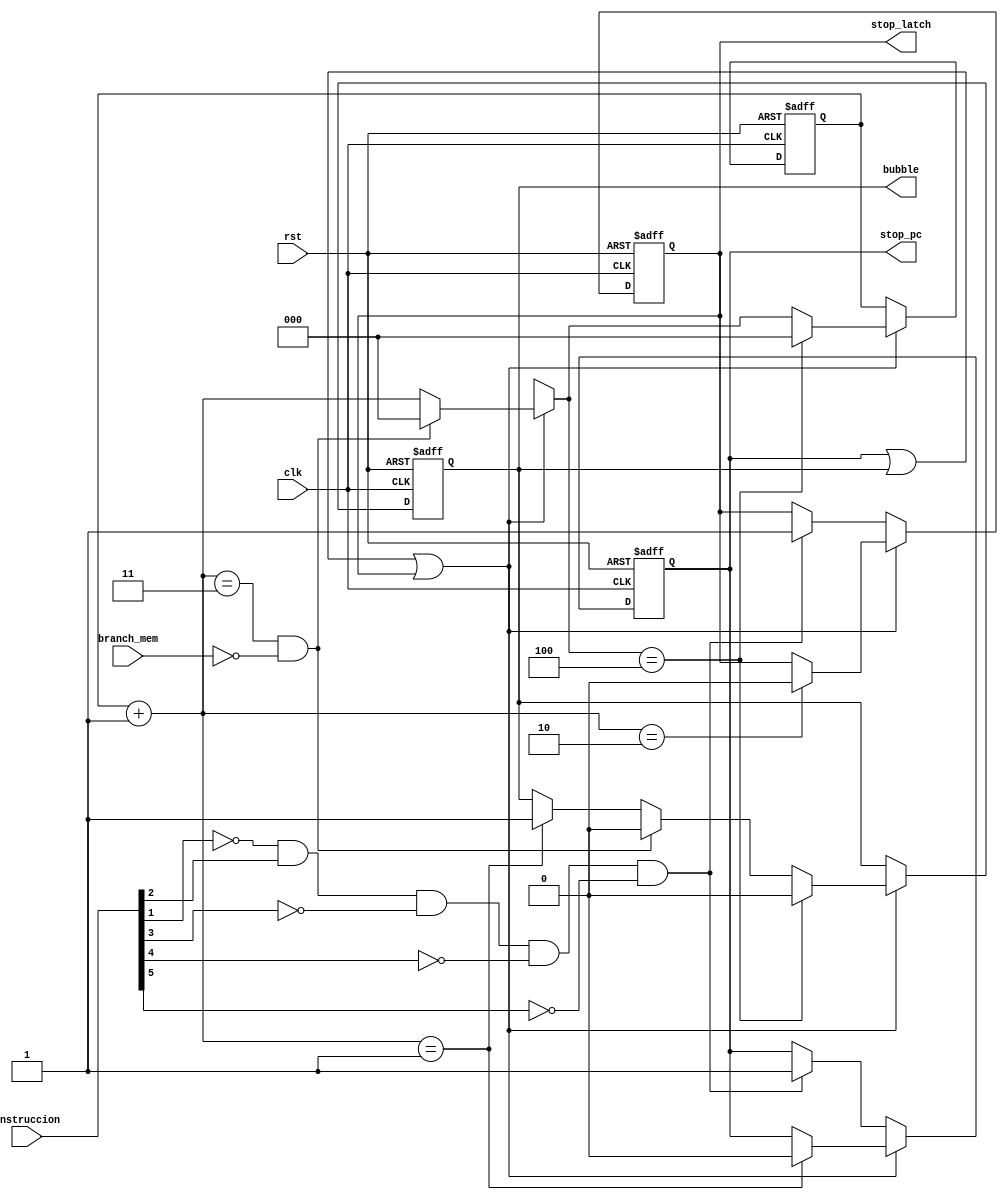
`timescale 1ns / 1ps
//////////////////////////////////////////////////////////////////////////////////
// Company: 
// Engineer: 
// 
// Design Name: 
// Module Name:    branch_detection 
// Project Name: 
// Target Devices: 
// Tool versions: 
// Description: 
//
// Dependencies: 
//
// Revision: 
// Revision 0.01 - File Created
// Additional Comments: 
//
//////////////////////////////////////////////////////////////////////////////////
module branch_detection(
		input clk,
		input rst,
		input [5:0] instruccion,
		input branch_mem,
		output reg stop_pc, // Para el latch y el PC
		output reg stop_latch,
		output reg bubble // Mete una burbuja
    );
	
	wire stop;
	assign stop	= (~instruccion[1])&&instruccion[2]&&(~instruccion[3])&&(~instruccion[4])&&(~instruccion[5]);
	reg [2:0] contador;
	
	always @(negedge clk or posedge rst) begin
		if (rst == 1) begin
			stop_pc = 0;
			stop_latch = 0;
			bubble = 0;
			contador = 0;
		end
		else begin
			if(stop_pc || bubble || stop_latch) begin
				contador = contador + 1;
				if(contador == 1) begin 
					bubble = 1;	
					stop_pc = 0;
				end
				if(contador == 2) stop_latch = 0;
				if((contador == 3) && ~branch_mem) begin
					bubble = 0;
					contador = 0;
				end
				if(contador == 4) begin
					bubble = 0;
					contador = 0;
				end
			end
			else begin
				if (stop == 1) begin
					stop_pc = 1;
					stop_latch = 1;
				end
			end
		end
	end
	
endmodule